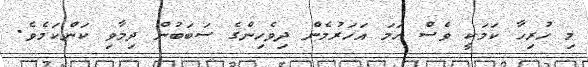
މި ހުރިހާ ކަމަކީ ވެސް ހަމަ އަހަރުމެން ދިވެހިންގެ ސަބަބުން ދިމާވި ކަންކަމެވެ.